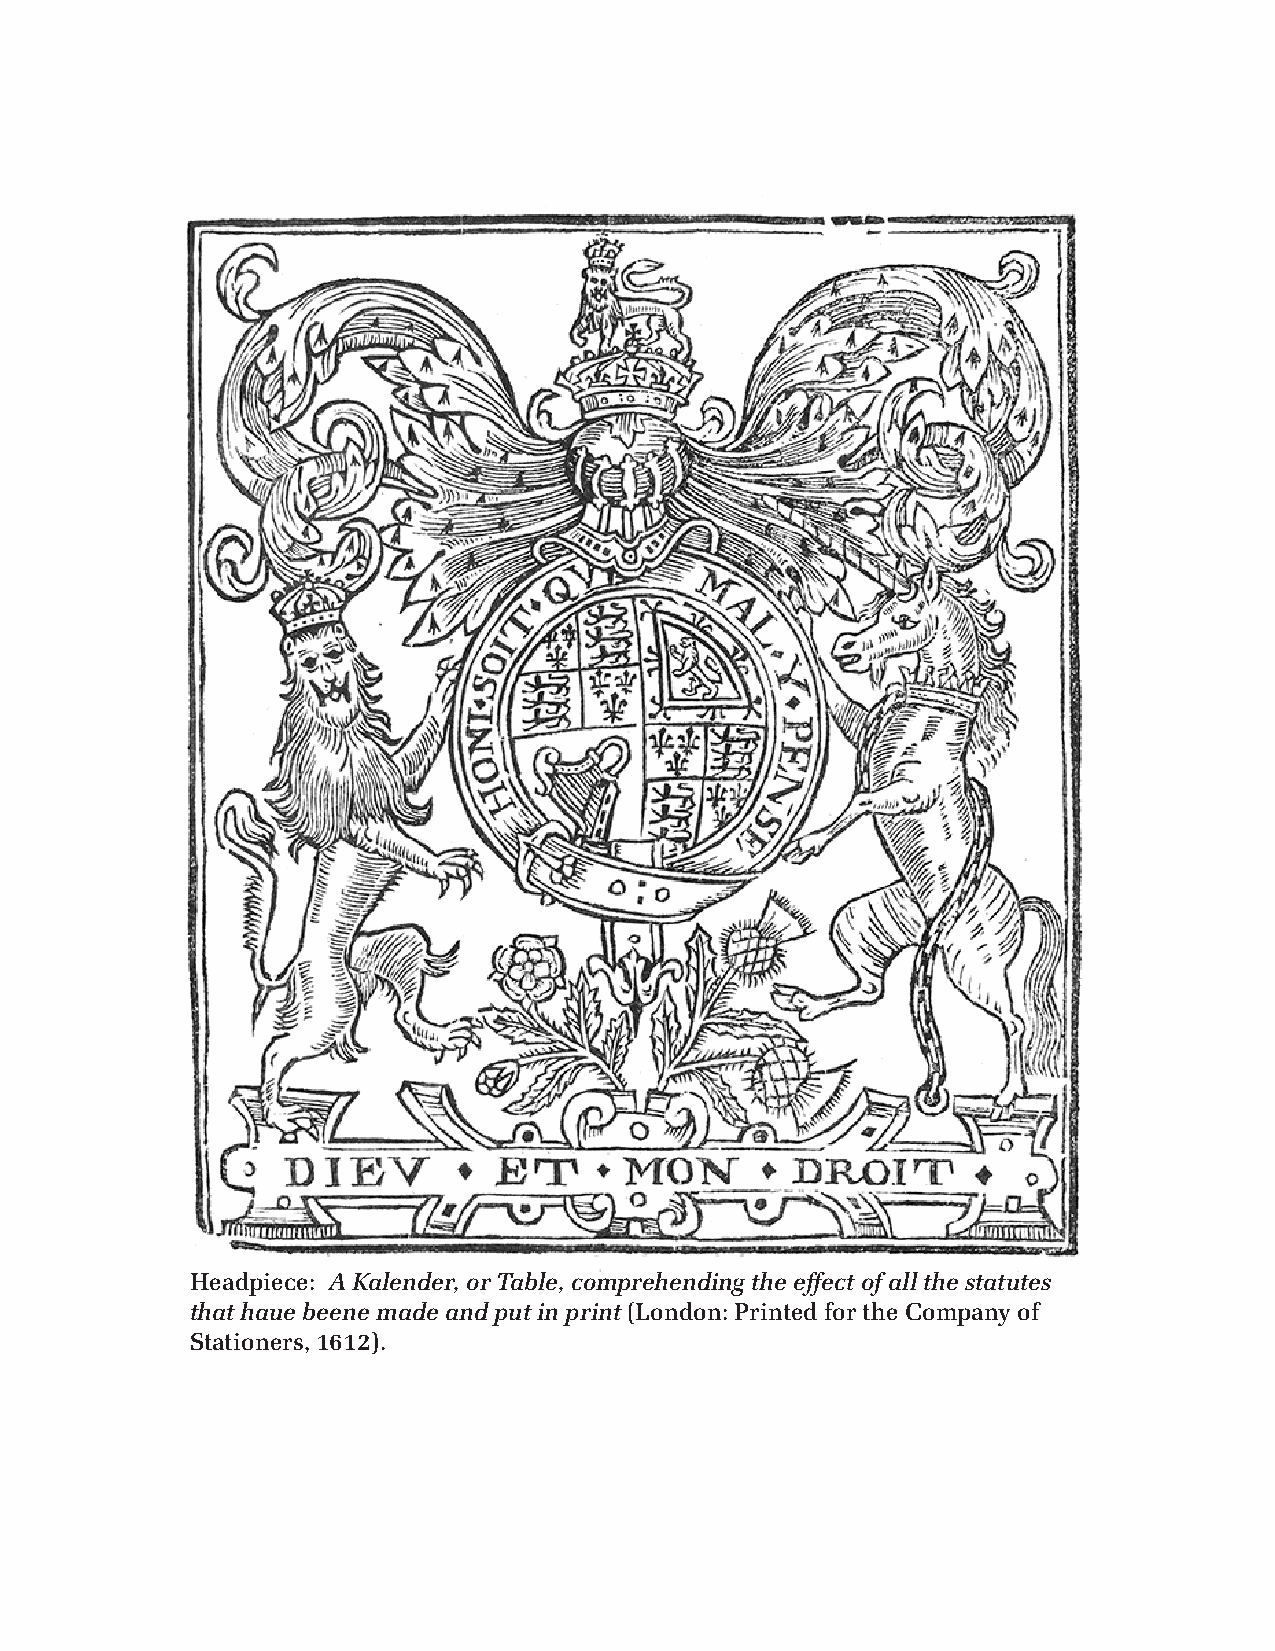
Headpiece: A Kalender, or Table, comprehending the effect of all the statutes
 that haue beene made and put in print (London: Printed for the Company of
 Stationers, 1612).